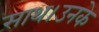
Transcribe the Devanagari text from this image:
साथ।उनके